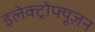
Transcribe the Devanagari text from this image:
इलेक्ट्रोफ्यूज़न